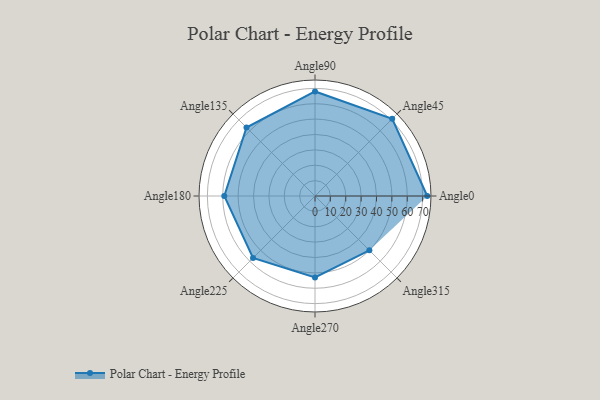
{"axis": {"x": "Angle", "y": "Radius"}, "legend": [""], "data": [{"x": "Angle0", "y": 73.0, "type": ""}, {"x": "Angle45", "y": 71.0, "type": ""}, {"x": "Angle90", "y": 68.0, "type": ""}, {"x": "Angle135", "y": 63.0, "type": ""}, {"x": "Angle180", "y": 59.0, "type": ""}, {"x": "Angle225", "y": 57.0, "type": ""}, {"x": "Angle270", "y": 53.0, "type": ""}, {"x": "Angle315", "y": 50, "type": ""}]}